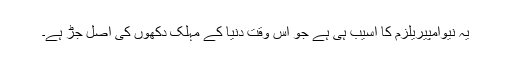
یہ نیوامپیریلزم کا آسیب ہی ہے جو اس وقت دنیا کے مہلک دکھوں کی اصل جڑ ہے۔